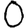
Digit: 0